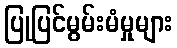
ပြုပြင်မွမ်းမံမှုများ